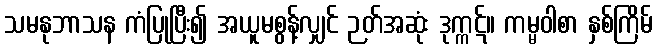
သမနုဘာသန ကံပြုပြီး၍ အယူမစွန့်လျှင် ဉတ်အဆုံး ဒုက္ကဋ်။ ကမ္မဝါစာ နှစ်ကြိမ်